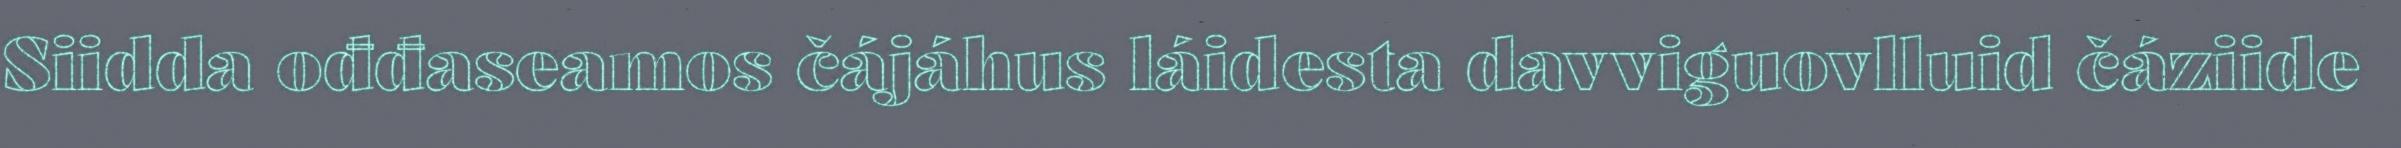
Siidda ođđaseamos čájáhus láidesta davviguovlluid čáziide